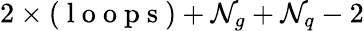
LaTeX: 2\times(\mathrm{~l~o~o~p~s~})+{\cal N}_{g}+{\cal N}_{q}-2